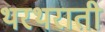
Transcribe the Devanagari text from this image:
थरथराती